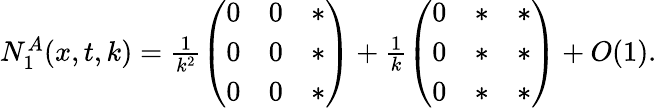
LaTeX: \begin{array}{r}{N_{1}^{A}(x,t,k)=\frac{1}{k^{2}}\left(\begin{array}{lll}{0}&{0}&{*}\\ {0}&{0}&{*}\\ {0}&{0}&{*}\end{array}\right)+\frac{1}{k}\left(\begin{array}{lll}{0}&{*}&{*}\\ {0}&{*}&{*}\\ {0}&{*}&{*}\end{array}\right)+O(1).}\end{array}